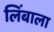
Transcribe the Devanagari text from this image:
लिंबाला